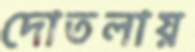
দোতলায়